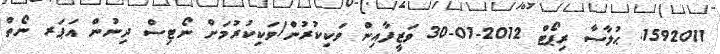
1592011. ޙުލާސާ ރިޕޯޓް 2012-01-30 ވަޒީފާއިން ވަކިކުރުން/ވަކިކުރުމަށް ނޯޓިސް ދިނުން އަޕަރ ނޯތް